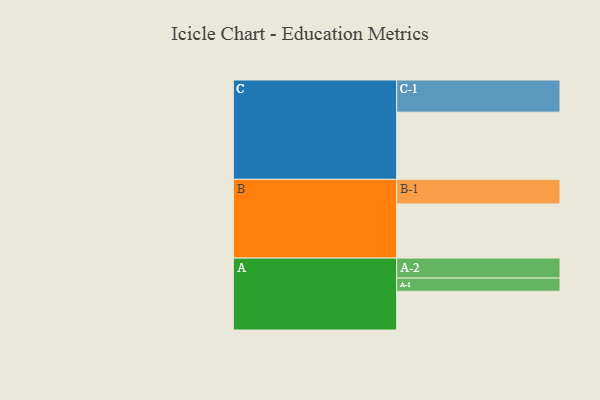
{"axis": {"x": "Segment", "y": "Value"}, "legend": ["", "A", "B", "C"], "data": [{"x": "A", "y": 310, "type": ""}, {"x": "B", "y": 434, "type": ""}, {"x": "C", "y": 538, "type": ""}, {"x": "A-1", "y": 106, "type": "A"}, {"x": "A-2", "y": 160, "type": "A"}, {"x": "B-1", "y": 197, "type": "B"}, {"x": "C-1", "y": 258, "type": "C"}]}